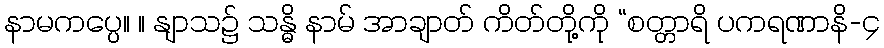
နာမကပ္ပေ။ ။ နျာသ၌ သန္ဓိ နာမ် အာချာတ် ကိတ်တို့ကို “စတ္တာရိ ပကရဏာနိ-၄